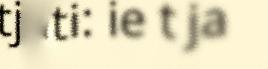
tjati: ie t ja